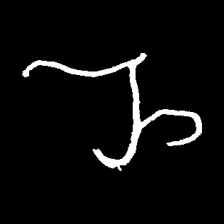
Pyu character \u2014 Myanmar letter: ည (romanized: nya)